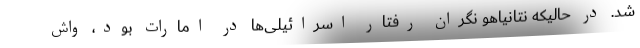
شد. در حالیکه نتانیاهو نگران رفتار اسرائیلی‌ها در امارات بود، واش